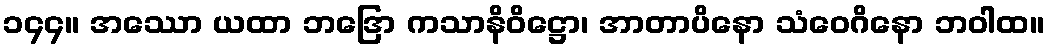
၁၄၄။ အဿော ယထာ ဘဒြော ကသာနိဝိဋ္ဌော၊ အာတာပိနော သံဝေဂိနော ဘဝါထ။